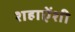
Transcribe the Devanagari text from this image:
शहाऐंशी